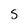
Character: s